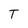
Character: T